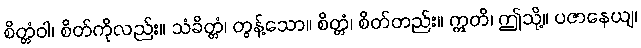
စိတ္တံဝါ၊ စိတ်ကိုလည်း။ သံခိတ္တံ၊ တွန့်သော။ စိတ္တံ၊ စိတ်တည်း။ ဣတိ၊ ဤသို့။ ပဇာနေယျ၊